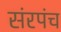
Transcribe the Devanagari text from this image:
संरपंच